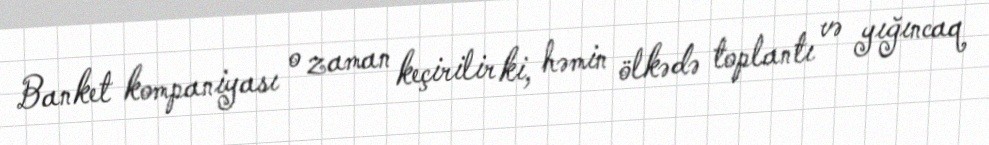
Banket kompaniyası o zaman keçirilir ki, həmin ölkədə toplantı və yığıncaq